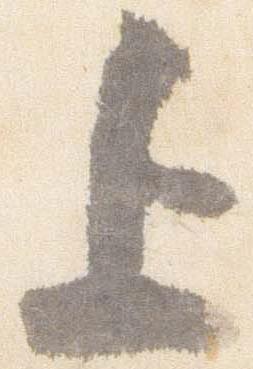
上